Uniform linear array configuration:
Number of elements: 8
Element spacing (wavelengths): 0.5
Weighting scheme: hann
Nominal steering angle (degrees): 30
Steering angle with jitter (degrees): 31.232
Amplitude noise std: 0.05
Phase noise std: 0.05

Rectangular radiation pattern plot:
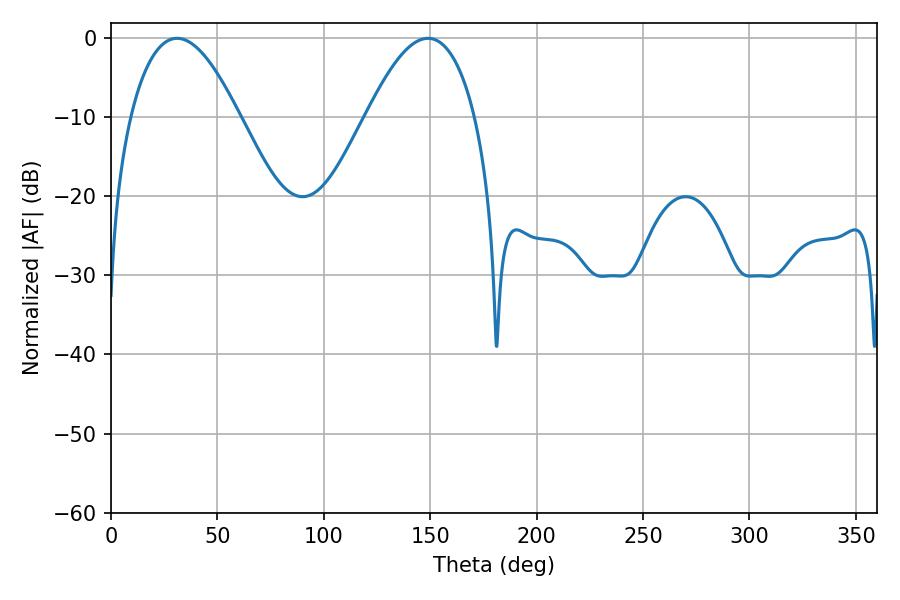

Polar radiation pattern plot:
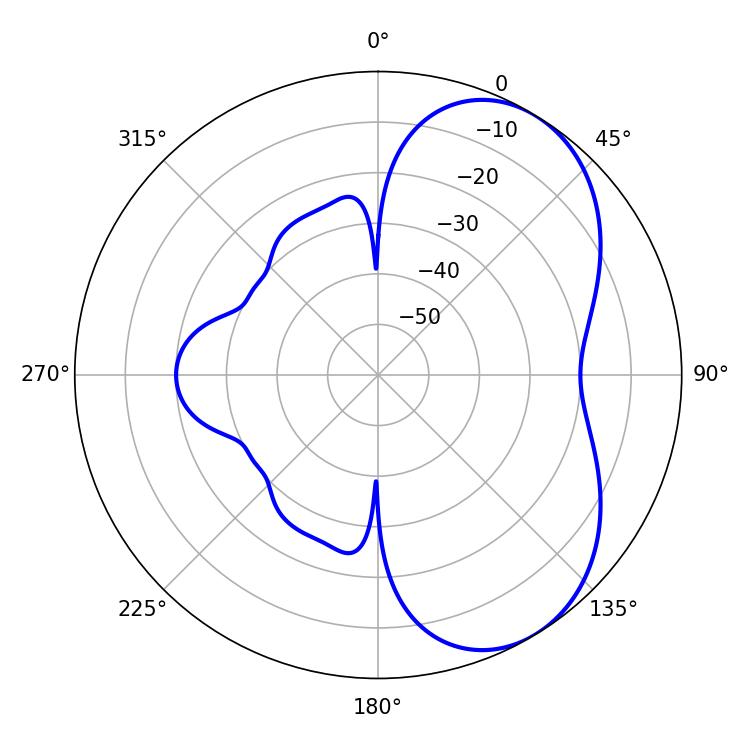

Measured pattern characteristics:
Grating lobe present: FALSE
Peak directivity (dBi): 5.442
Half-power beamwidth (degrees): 28.08
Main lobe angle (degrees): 31.14